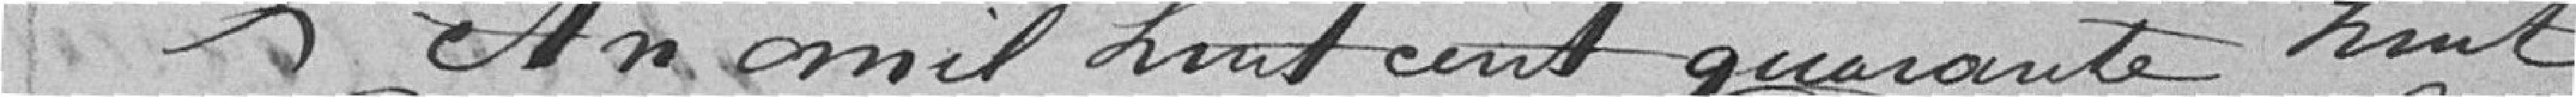
L'an mil huit cent quarante huit